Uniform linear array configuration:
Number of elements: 24
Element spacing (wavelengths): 0.5
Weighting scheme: uniform
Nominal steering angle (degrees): -30
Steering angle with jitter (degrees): -28.09
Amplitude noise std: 0.05
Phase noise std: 0.05

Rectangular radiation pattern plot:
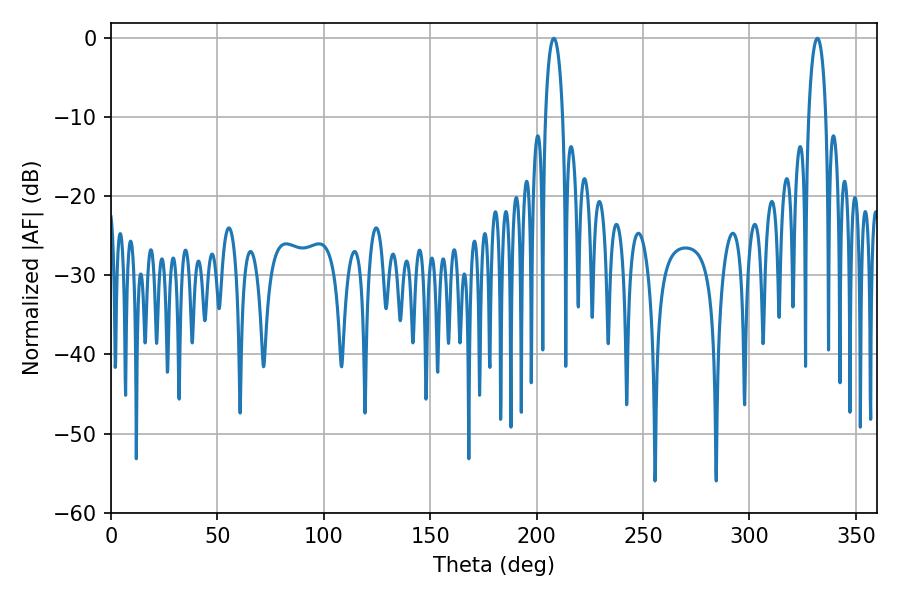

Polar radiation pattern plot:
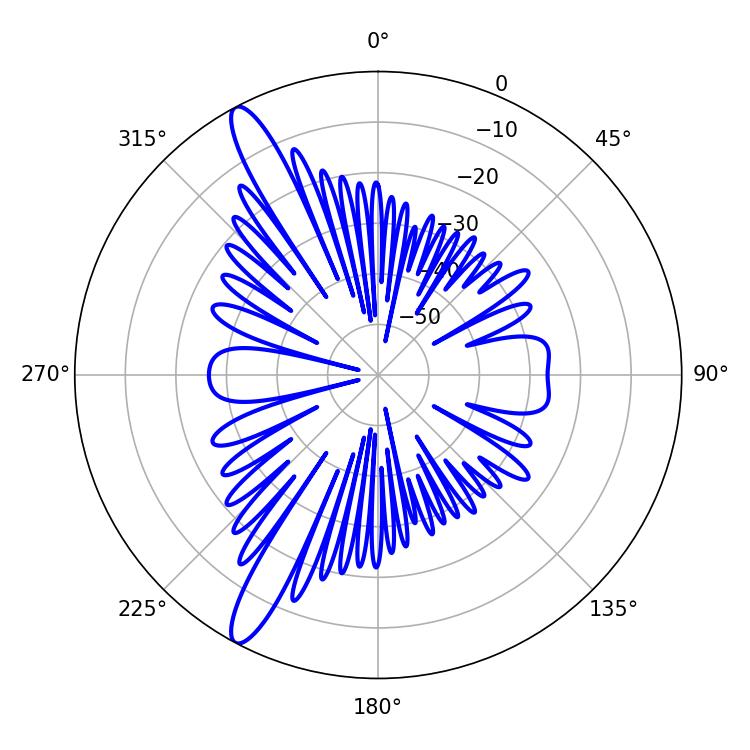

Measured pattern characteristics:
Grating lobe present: FALSE
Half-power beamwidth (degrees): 4.68
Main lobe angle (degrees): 208.08